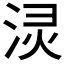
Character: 𰛻